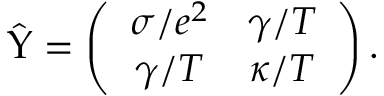
\hat { \Upsilon } = \left( \begin{array} { c c } { \sigma / e ^ { 2 } } & { \gamma / T } \\ { \gamma / T } & { \kappa / T } \end{array} \right) .